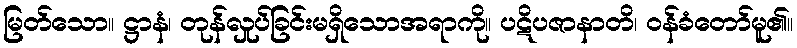
မြတ်သော။ ဋ္ဌာနံ၊ တုန်လှုပ်ခြင်းမရှိသောအရာကို။ ပဋိပဇာနာတိ၊ ဝန်ခံတော်မူ၏။